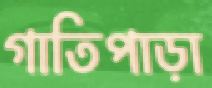
গাতিপাড়া